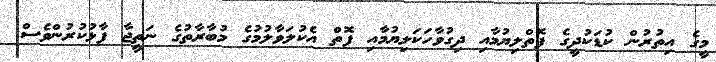
މީގެ އިތުރުން ކުޑަކުދީގެ ފޮތްލިޔުމާއި ދިގުވާހަކަލިޔުމާއި ފޮތް އެކުލަވާލުމުގެ މުބާރާތުގެ ނަތީޖާ ފާޅުކުރުންވެސް